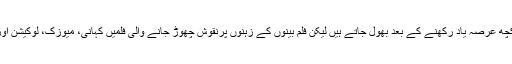
مئی: اداکارہ وماڈل جیا علی نے کہا ہے کہ فلمیں بنتی ہیں اورلوگ ان کو دیکھ کرکچھ عرصہ یاد رکھنے کے بعد بھول جاتے ہیں لیکن فلم بینوں کے زہنوں پرنقوش چھوڑ جانے والی فلمیں کہانی، میوزک، لوکیشن اورفنکاروں کی عمدہ اداکاری کی بدولت ہمیشہ ان کے دل ودماغ پرچھائی رہتی ہیں۔